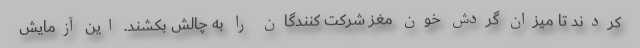
کردند تا میزان گردش خون مغز شرکت کنندگان را به چالش بکشند. این آزمایش